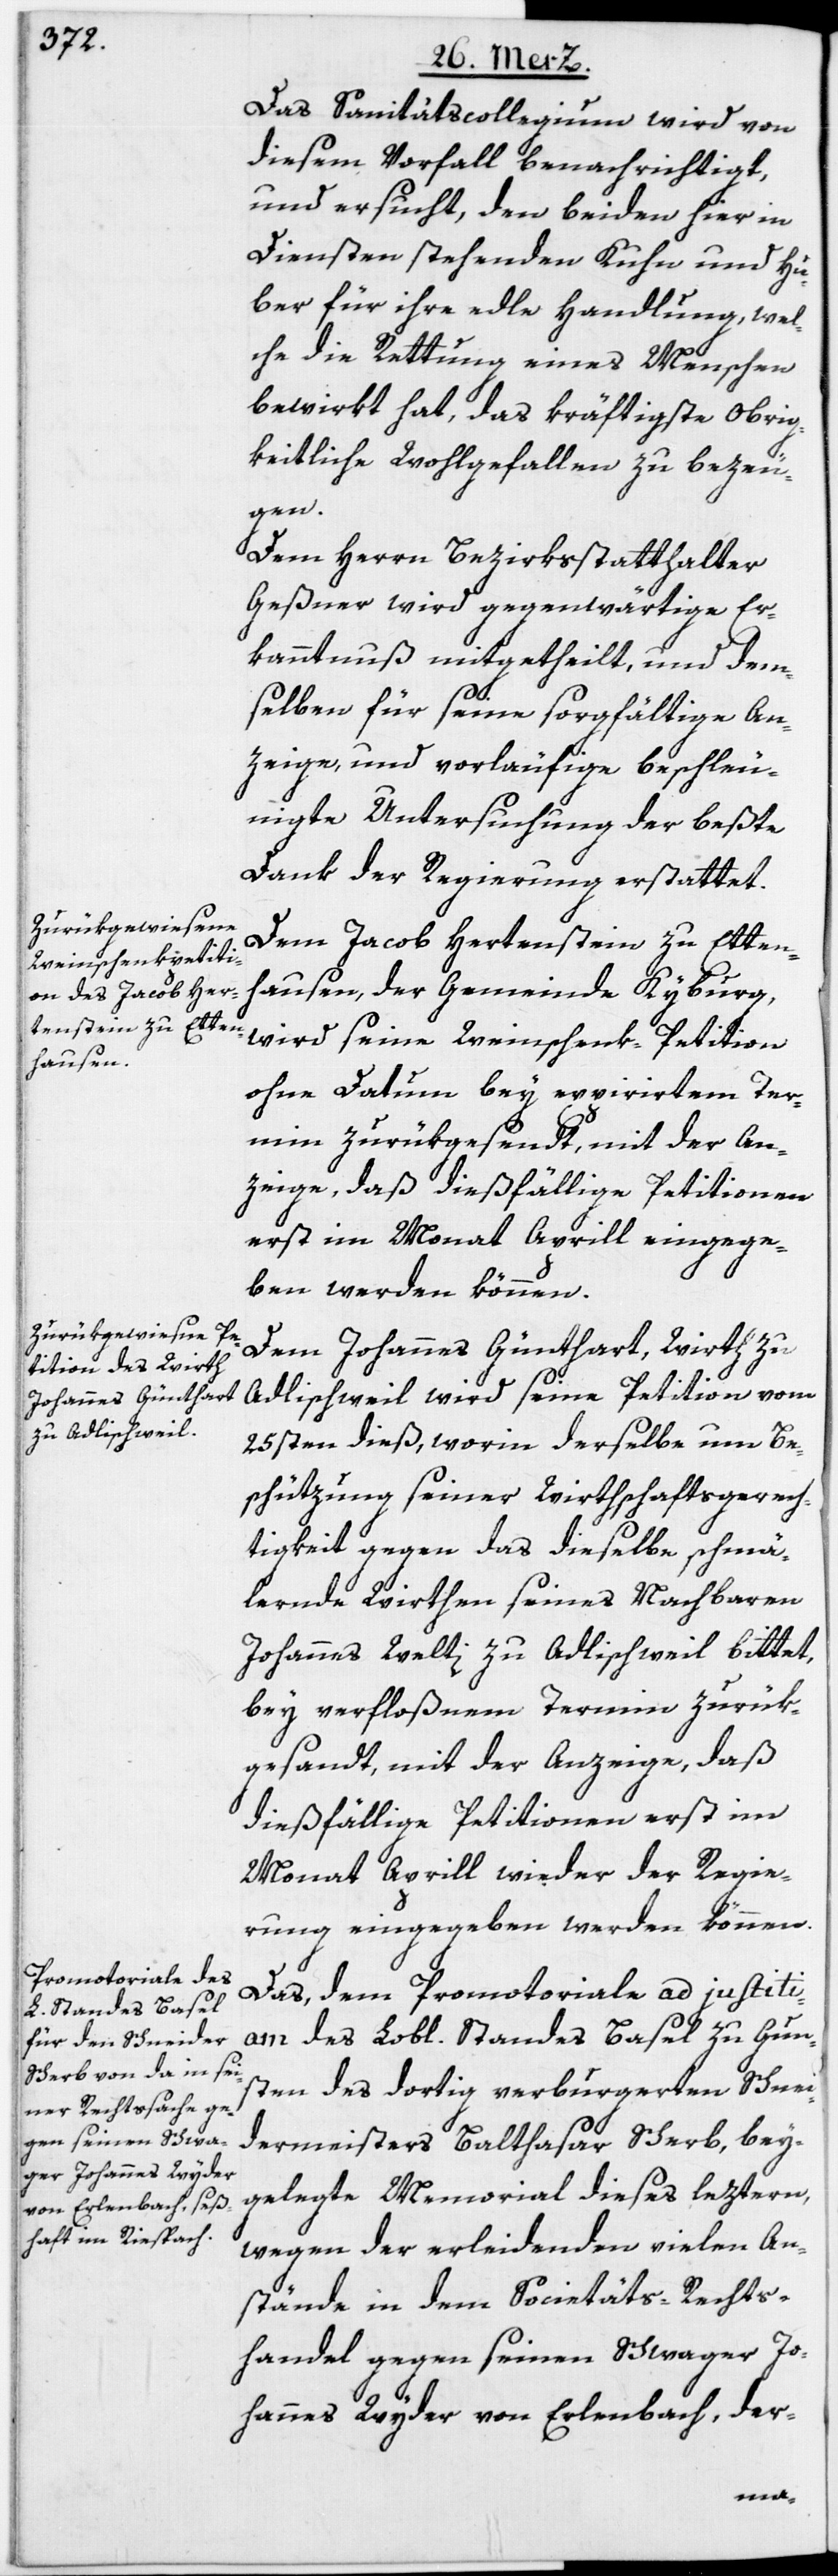
Das Sanitätscollegium wird von
diesem Vorfall benachrichtigt,
und ersucht, den beiden hier in
Diensten stehenden Kuhn und Hu¬
ber für ihre edle Handlung, wel¬
che die Rettung eines Menschen
bewirkt hat, das kräftigste Obrig¬
keitliche Wohlgefallen zu bezeu¬
gen.
Dem Herrn Bezirksstatthalter
Geßner wird gegenwärtige Er¬
kanntnuß mitgetheilt, und dem¬
selben für seine sorgfältige An¬
zeige, und vorläufige beschleu¬
nigte Untersuchung der beßte
Dank der Regierung erstattet.
Dem Jacob Hertenstein zu Etten¬
hausen, der Gemeinde Kyburg,
wird seine Weinschenk-Petition
ohne Datum bey expirirtem Ter¬
min zurükgesendt, mit der An¬
zeige, daß dießfällige Petitionen
erst im Monat Aprill eingege¬
ben werden können.
Dem Johannes Günthart, Wirth zu
Adlischweil wird seine Petition vom
25sten dieß, worin derselbe um Be¬
schützung seiner Wirthschaftsgerech¬
tigkeit gegen das dieselbe schmä¬
lernde Wirthen seines Nachbaren
Johannes Welti zu Adlischweil bittet,
bey verfloßnem Termin zurük¬
gesandt, mit der Anzeige, daß
dießfällige Petitionen erst im
Monat Aprill wieder der Regie¬
rung eingegeben werden können.
Das, dem Promotoriale ad justiti¬
am des Lobl. Standes Basel zu Gun¬
sten des dortig verburgerten Schnei¬
dermeisters Balthasar Scherb, bey¬
gelegte Memorial dieses leztern,
wegen der erleidenden vielen An¬
stände in dem Societäts-Rechts¬
handel gegen seinen Schwager Jo¬
hannes Wyder von Erlenbach, der-